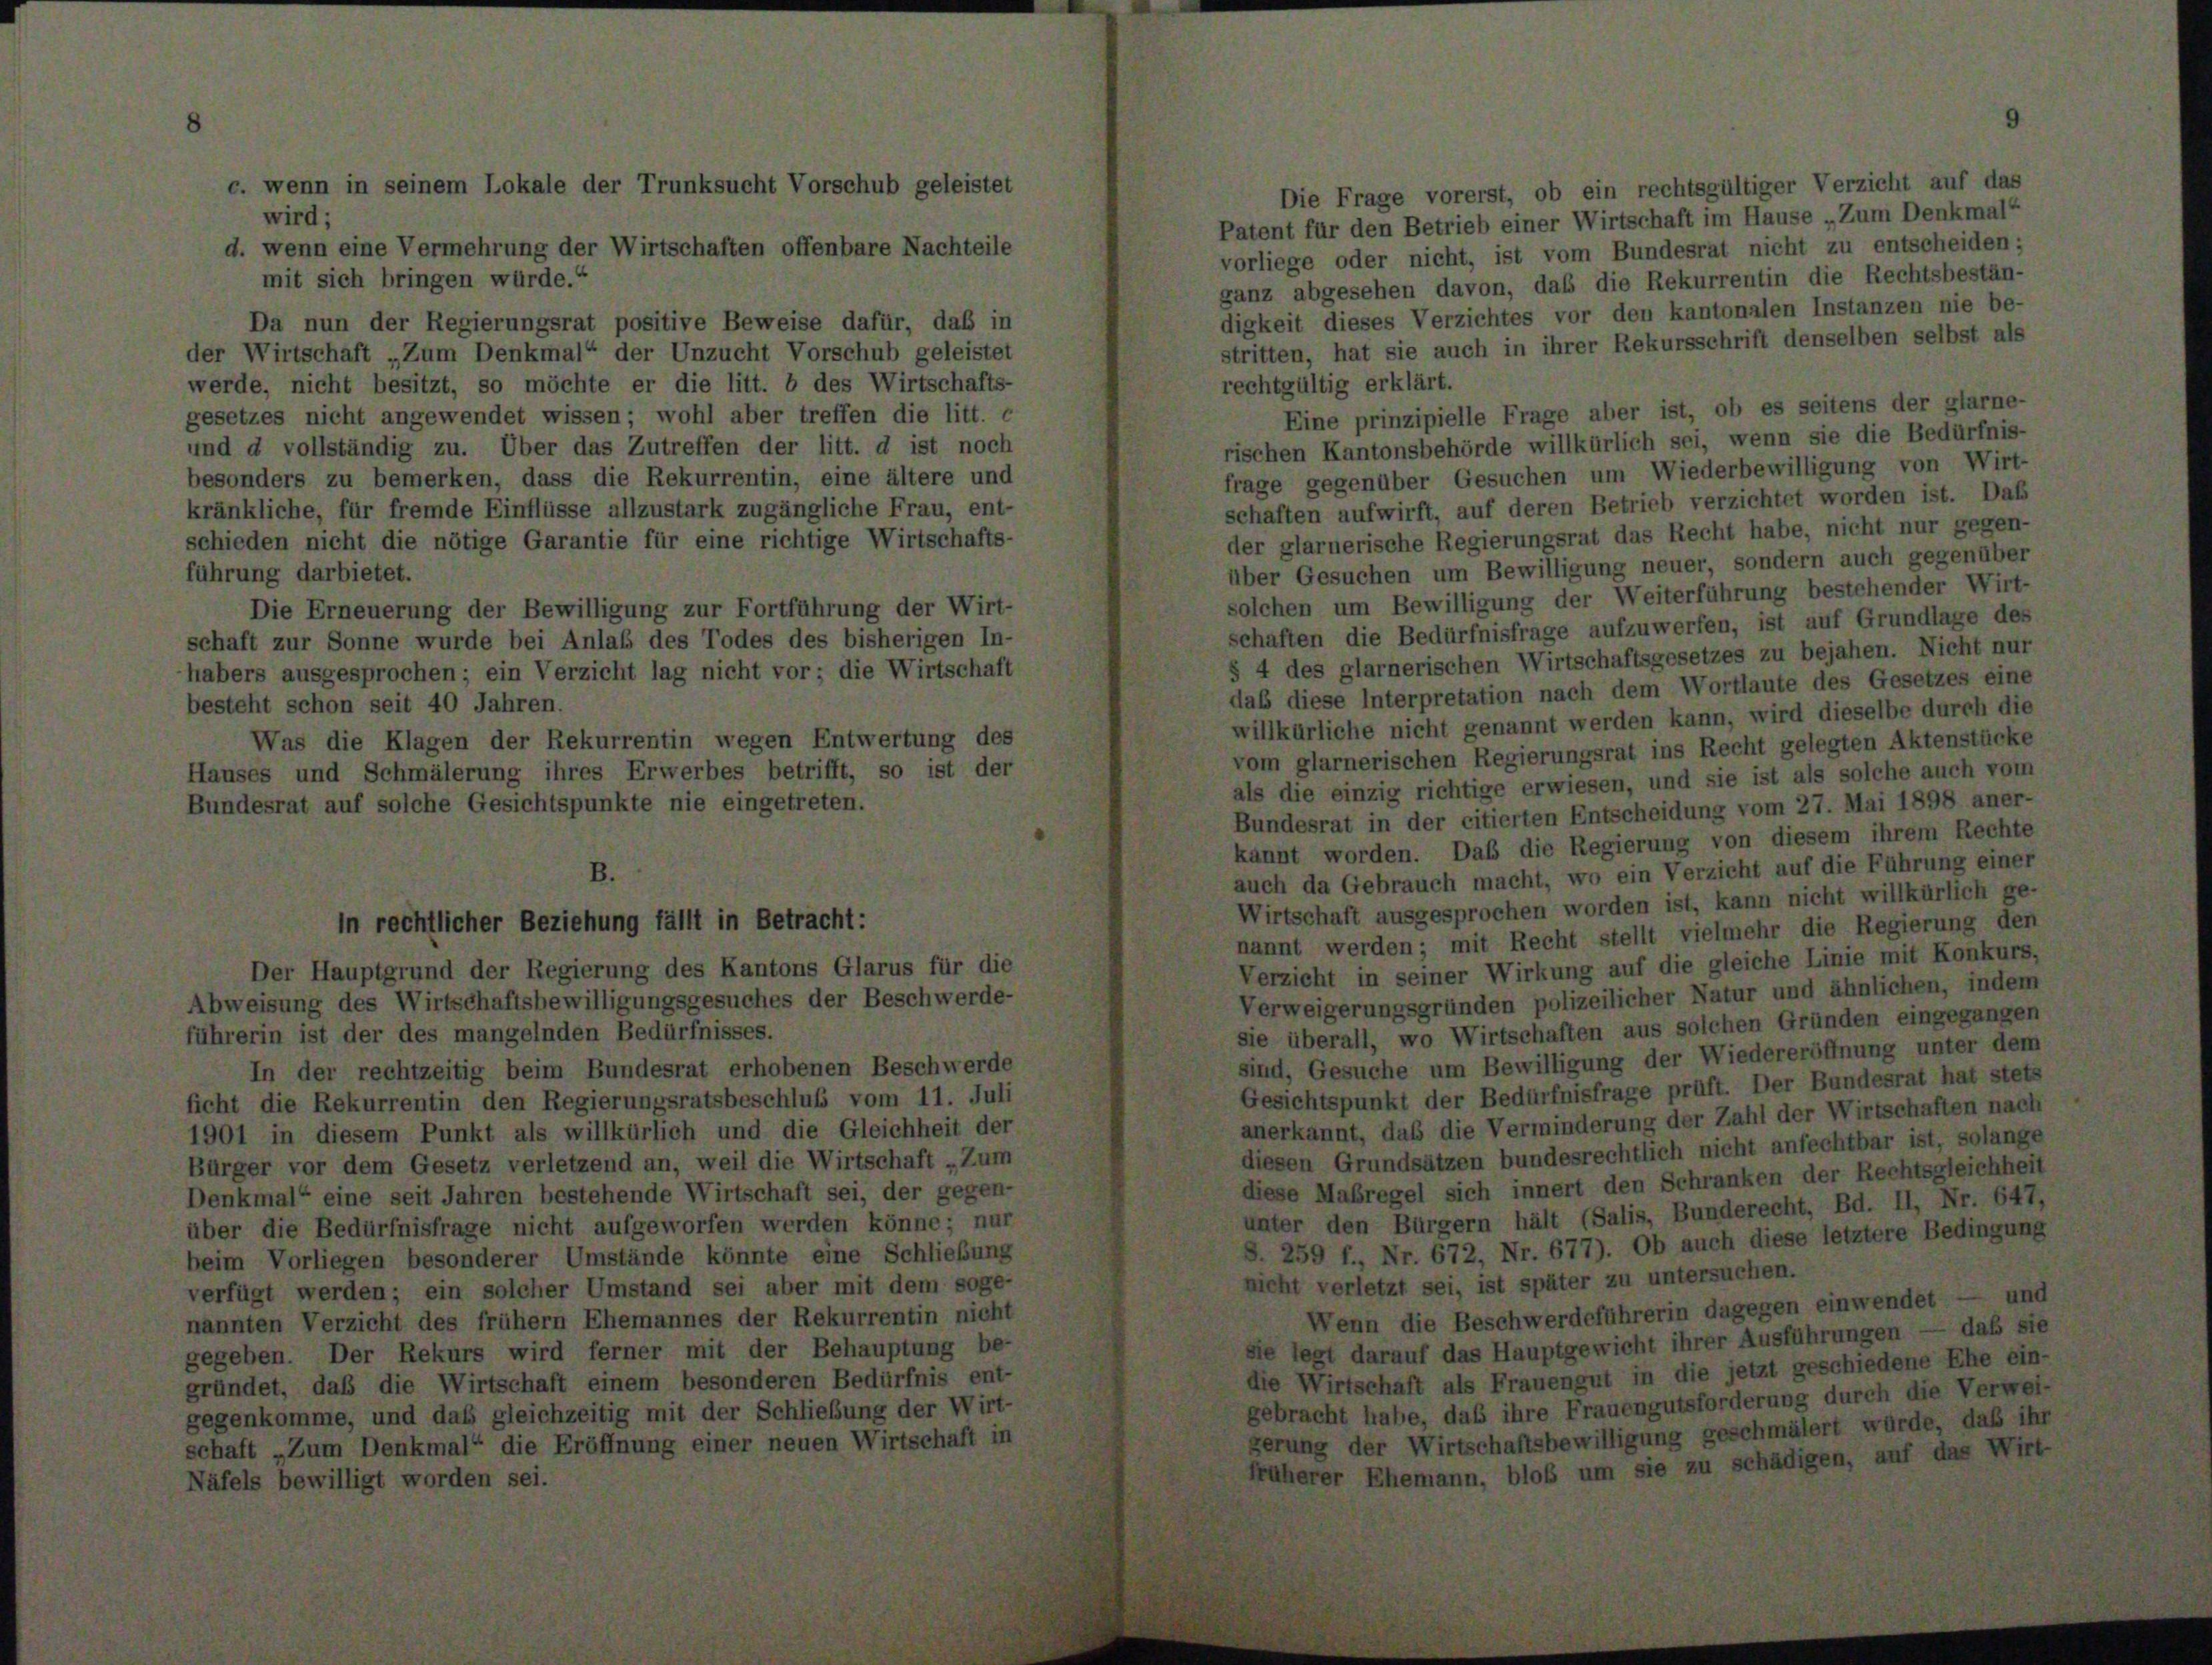
Da nun der Regierungsrat positive Beweise dafür, daß in
der Wirtschaft „Zum Denkmal“ der Unzucht Vorschub geleistet
werde, nicht besitzt, so möchte er die litt. b des Wirtschafts-
gesetzes nicht angewendet wissen; wohl aber treffen die litt. e
und d vollständig zu. Über das Zutreffen der litt. d ist noch
besonders zu bemerken, dass die Rekurrentin, eine ältere und
kränkliche, für fremde Einflüsse allzustark zugängliche Frau, ent-
schieden nicht die nötige Garantie für eine richtige Wirtschafts-
fül
darbietet.

Die Erneuerung der Bewilligung zur Fortführung de
schaft zur Sonne wurde bei Anlaß des Todes des bisheri
habers ausgesprochen; ein Verzicht lag nicht vor; die Wi
besteht schon seit 40 Jahren.
Was die Klagen der Rekurrentin wegen Entwertu
Hauses und Schmälerung ihres Erwerbes betrifft, so
Bundesrat auf solche Gesichtspunkte nie eingetreten.

In der rechtzeitig beim Bundesrat erhobenen Beschwerde
icht die Rekurrentin den Regierungsratsbeschluß vom 11. Juli
1901 in diesem Punkt als willkürlich und die Gleichheit der
Bürger vor dem Gesetz verletzend an, weil die Wirtschaft „Zum
Denkmal“ eine seit Jahren bestehende Wirtschaft sei, der gegen-
ber die Bedürfnisfrage nicht aufgeworfen werden könne; nur
seim Vorliegen besonderer Umstände könnte eine Schließung
verfügt werden; ein solcher Umstand sei aber mit dem soge-
annten Verzicht des frühem Ehemannes der Rekurrentin nicht
gegeben. Der Rekurs wird ferner mit der Behauptung be-

ie Ve

w

st

atent für den Betrieb einer Wirtschaft im Hau
rliege oder nicht, ist vom Bundesrat nic
inz abgesehen davon, daß die Rekurrentir
gkeit dieses Verzichtes vor den kantonales
ritten, hat sie auch in ihrer Rekursschrift
echtgültig erklärt.
Eine prinzipielle Frage aber ist, ob es
schen Kantonsbehörde willkürlich sei, weni
age gegenüber Gesuchen um Wiederbew
chaften aufwirft, auf deren Betrieb verzicht
er glarnerische Regierungsrat das Recht hal
ber Gesuchen um Bewilligung neuer, sone
lchen um Bewilligung der Weiterführung
chaften die Bedürfnisfrage aufzuwerfen, ist
4 des glarnerischen Wirtschaftsgesetzes zu
lab diese Interpretation nach dem Wortlaut
illkürliche nicht genannt werden kann, wie
om glarnerischen Regierungsrat ins Recht,
ils die einzig richtige erwiesen, und sie ist
Bundesrat in der citierten Entscheidung vom
annt worden. Daß die Regierung von e
tuch da Gebrauch macht, wo ein Verzicht a
Wirtschaft ausgesprochen worden ist, kann
nannt werden; mit Recht stellt vielmehr
erzicht in seiner Wirkung auf die gleiche
zeilicher Natur u.

) Wirtschaften aus
um Bewilligung de
ler Bedürfnisfrage

Verminderun
n bundesrecht

iert

77).